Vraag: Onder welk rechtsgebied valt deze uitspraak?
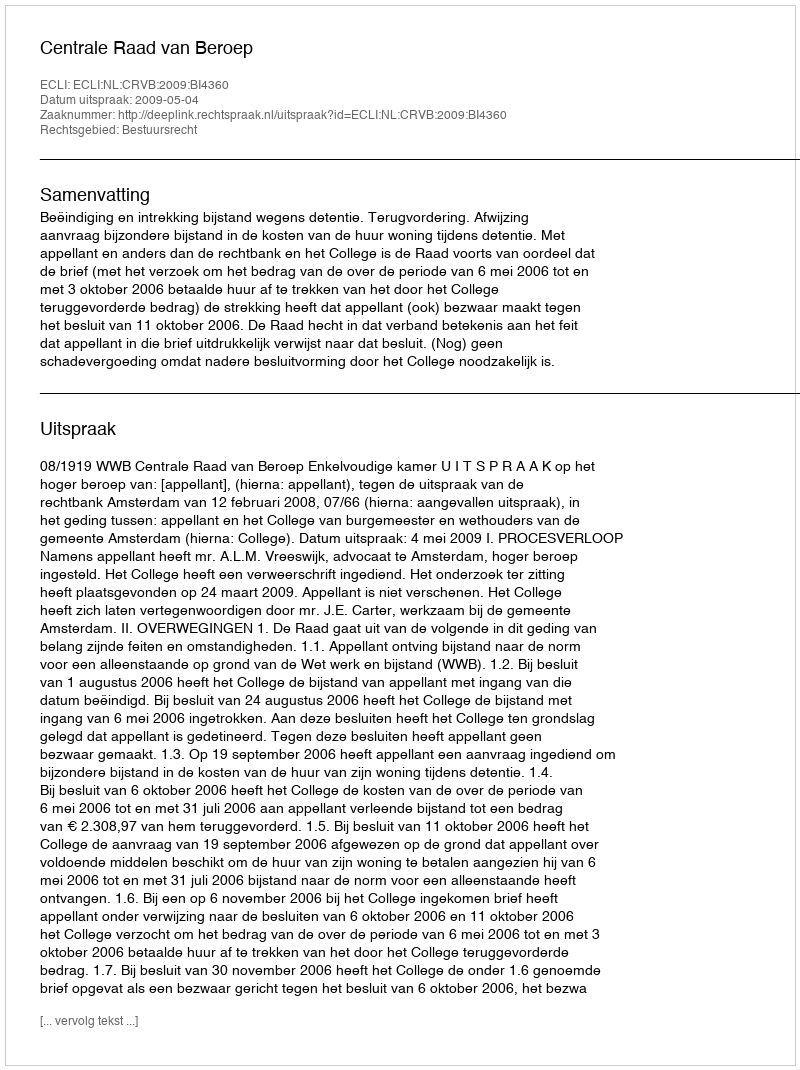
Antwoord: Bestuursrecht